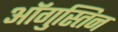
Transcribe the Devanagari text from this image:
ऑगुस्तिन